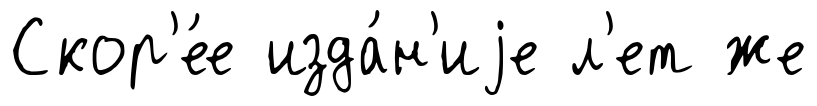
Скор'е́е изда́н'иjе л'ет же